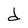
Character: d